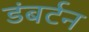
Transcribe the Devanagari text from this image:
डंबर्टन